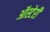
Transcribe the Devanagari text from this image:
ऑस्टेरी